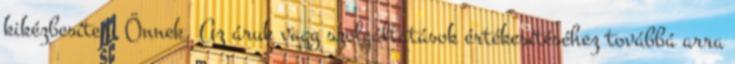
kikézbesíteni Önnek. Az áruk vagy szolgáltatások értékesítéséhez továbbá arra